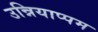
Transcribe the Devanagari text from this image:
उन्नियाप्पम